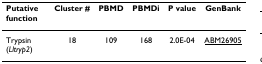
| Putative function | Cluster # | PBMD | PBMDi | P value | GenBank |
 | --- | --- | --- | --- | --- | --- |
 | Trypsin (Lltryp2) | 18 | 109 | 168 | 2.0E-04 | ABM26905 |